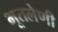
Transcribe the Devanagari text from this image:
भूतलेणी